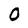
Character: O